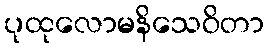
ပုထုလောမနိသေဝိတာ